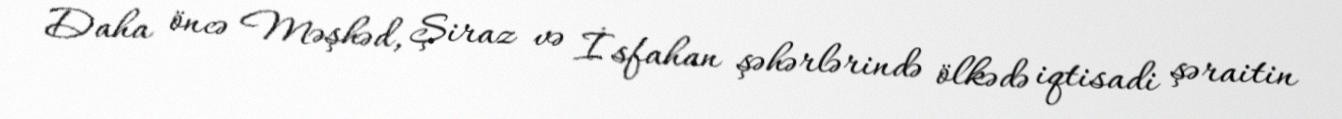
Daha öncə Məşhəd, Şiraz və İsfahan şəhərlərində ölkədə iqtisadi şəraitin